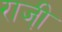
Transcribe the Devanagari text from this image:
राजी़